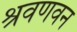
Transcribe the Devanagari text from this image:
श्रवणवन